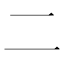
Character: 𠄞